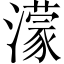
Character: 濛